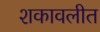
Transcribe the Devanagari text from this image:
शकावलीत